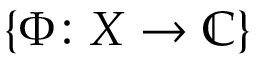
\{ \Phi \colon X \rightarrow \mathbb { C } \}